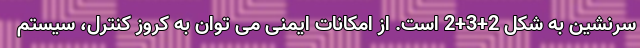
سرنشین به شکل 2+3+2 است. از امکانات ایمنی می توان به کروز کنترل، سیستم